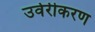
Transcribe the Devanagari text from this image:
उर्वरीकरण